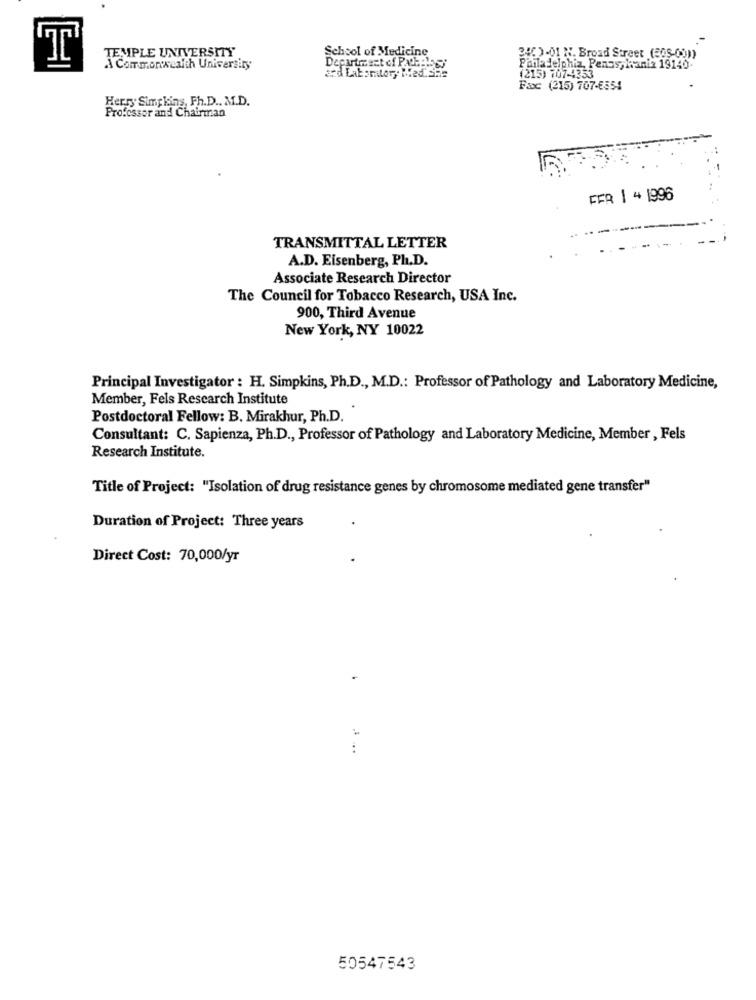
TEMPLE UNIVERSITY
School of Medicine
34 )-01 N. Broad Street (308-00))
A Commonwealth University
Department of Pat:BISSi
Philadelphia, Pennsylvania 19140-
(215) 707-4353
and Lakomtor ,. Med. She
Faxc (215) 707-6554
Herry Simpkins, Fh.D ., M.D.
Professor and Chairman
FFR 1 4 1996
TRANSMITTAL LETTER
A.D. Eisenberg, Ph.D.
Associate Research Director
The Council for Tobacco Research, USA Inc.
900, Third Avenue
New York, NY 10022
Principal Investigator : H. Simpkins, Ph.D ., M.D .: Professor of Pathology and Laboratory Medicine,
Member, Fels Research Institute
Postdoctoral Fellow: B. Mirakhur, Ph.D.
Consultant: C. Sapienza, Ph.D ., Professor of Pathology and Laboratory Medicine, Member , Fels
Research Institute.
Title of Project: "Isolation of drug resistance genes by chromosome mediated gene transfer"
Duration of Project: Three years
Direct Cost: 70,000/yr
...
50547543